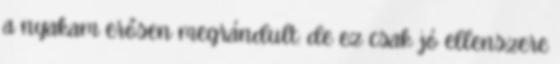
a nyakam erősen megrándult: de ez csak jó ellenszere